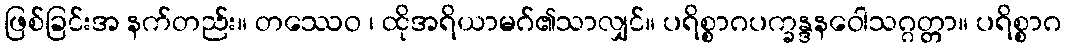
ဖြစ်ခြင်းအ နက်တည်း။ တဿေဝ ၊ ထိုအရိယာမဂ်၏သာလျှင်။ ပရိစ္စာဂပက္ခန္ဒနဝေါသဂ္ဂတ္တာ။ ပရိစ္စာဂ